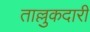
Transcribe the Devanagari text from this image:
ताल्लुकदारी